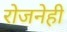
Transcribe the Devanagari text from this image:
रोजनेही